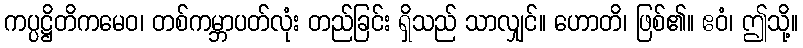
ကပ္ပဋ္ဌိတိကမေဝ၊ တစ်ကမ္ဘာပတ်လုံး တည်ခြင်း ရှိသည် သာလျှင်။ ဟောတိ၊ ဖြစ်၏။ ဧဝံ၊ ဤသို့။